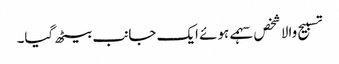
تسبیح والا شخص سہمے ہوئے ایک جانب بیٹھ گیا۔